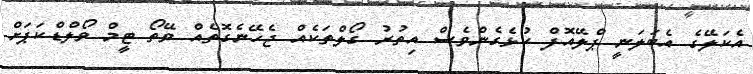
އެކަލޭގެ އެބަލަނީ ޕްލޭއޮފް ކުޅެގެންވެސް އިތުރު ގޯލްތަކެއް ޖެހޭނެގޮތެއް ވޭތޯ ޓީމް ވޯލްޑްކަޕަށް